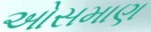
ઓસમાણ